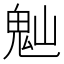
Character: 𩲀